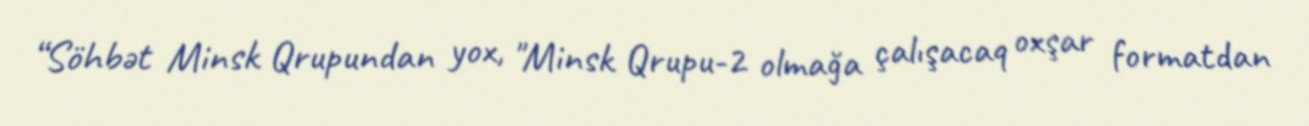
“Söhbət Minsk Qrupundan yox, "Minsk Qrupu-2 olmağa çalışacaq oxşar formatdan